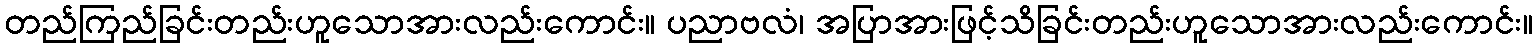
တည်ကြည်ခြင်းတည်းဟူသောအားလည်းကောင်း။ ပညာဗလံ၊ အပြာအားဖြင့်သိခြင်းတည်းဟူသောအားလည်းကောင်း။